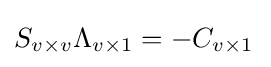
S_{v\times v}\Lambda _{v\times 1}=-C_{v\times 1\,}